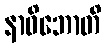
နာဓိဘောတိ